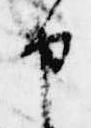
申